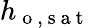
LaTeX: h_{\mathrm{~o~,~s~a~t~}}